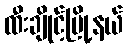
ထီးချိုင့်မြို့နယ်